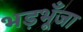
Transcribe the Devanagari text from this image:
भड़भूँजा